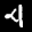
Label: 4